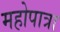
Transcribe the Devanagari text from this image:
महोपात्रा